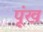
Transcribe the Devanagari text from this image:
पूंख